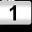
Digit: 1